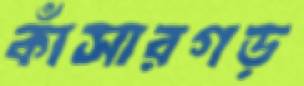
কাঁসারগড়